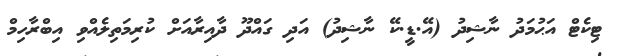
ޓިކެޓް އަޙުމަދު ނާޝިދު (އޭ.ޑީ.ކޭ ނާޝިދު) އަދި ގައްދޫ ދާއިރާއަށް ކުރިމަތިލެއްވި އިބްރާހިމް